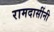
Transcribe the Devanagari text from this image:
रामदासींनी